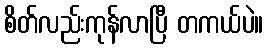
စိတ်လည်းကုန်လာပြီ တကယ်ပဲ။